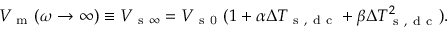
V _ { \mathrm { ~ m ~ } } ( \omega \rightarrow \infty ) \equiv V _ { \mathrm { ~ s ~ } \infty } = V _ { \mathrm { ~ s ~ 0 ~ } } ( 1 + \alpha \Delta T _ { \mathrm { ~ s ~ , ~ d ~ c ~ } } + \beta \Delta T _ { \mathrm { ~ s ~ , ~ d ~ c ~ } } ^ { 2 } ) { . }